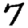
Digit: 7